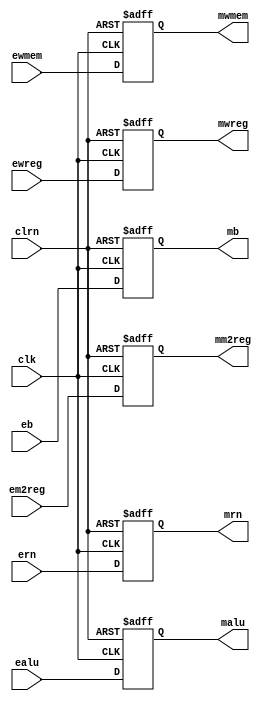
module pipeemreg (ewreg,em2reg,ewmem,ealu,eb,ern,clk,clrn,mwreg,mm2reg,mwmem,malu,mb,mrn);

    input clk,clrn;
	 input [4:0] ern;
    input [31:0] ealu,eb;
    input ewreg,em2reg,ewmem;

    output [31:0] malu,mb;
    output [4:0] mrn;
    output mwreg,mm2reg,mwmem;
	 
	 reg [31:0] malu,mb;
	 reg [4:0] mrn;
	 reg mwreg,mm2reg,mwmem;
	 initial begin
		mwreg <= 0;
		mm2reg <= 0;
		mwmem <= 0;
		malu <= 0;
		mb <= 0;
		mrn <= 0;
		
	end
    
    always @ (negedge clrn or posedge clk)
		begin
		if (clrn == 0) 
			begin
			mwreg <= 0;
			mm2reg <= 0;
			mwmem <= 0;
			malu <= 0;
			mb <= 0;
			mrn <= 0;
			end 
		else 
			begin
			mwreg <= ewreg;
			mm2reg <= em2reg;
			mwmem <= ewmem;
			malu <= ealu;
			mb <= eb;
			mrn <= ern;
			end
		end
		
endmodule